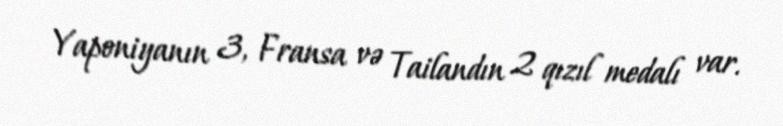
Yaponiyanın 3, Fransa və Tailandın 2 qızıl medalı var.